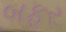
બફર